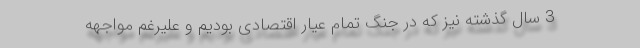
3 سال گذشته نیز که در جنگ تمام عیار اقتصادی بودیم و علیرغم مواجهه